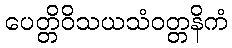
ပေတ္တိဝိသယသံဝတ္တနိကံ